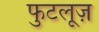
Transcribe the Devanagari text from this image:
फुटलूज़